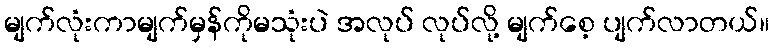
မျက်လုံးကာမျက်မှန်ကိုမသုံးပဲ အလုပ် လုပ်လို့ မျက်စေ့ ပျက်လာတယ်။